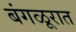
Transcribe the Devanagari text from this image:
बंगळूरात